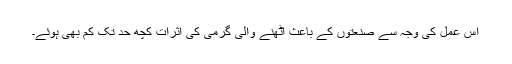
اس عمل کی وجہ سے صنعتوں کے باعث اٹھنے والی گرمی کی اثرات کچھ حد تک کم بھی ہوئے۔